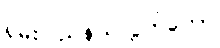
ရှမ်းပြည်နယ်လွှတ်တော်